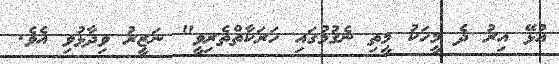
އުޅޭ އިރު ދެ މީހަކު މީތި ނެގުމުގައި ހަރަކާތްތެރިވީ" ނަޒީރު ވިދާޅުވި އެވެ.